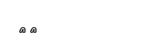
٤٣